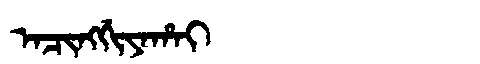
Manchu: ᠠᠴᡳᠩᡤᡳᠶᠠᡥᠠᡳ
Romanization: ACINGGIYAHAI